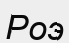
Роэ